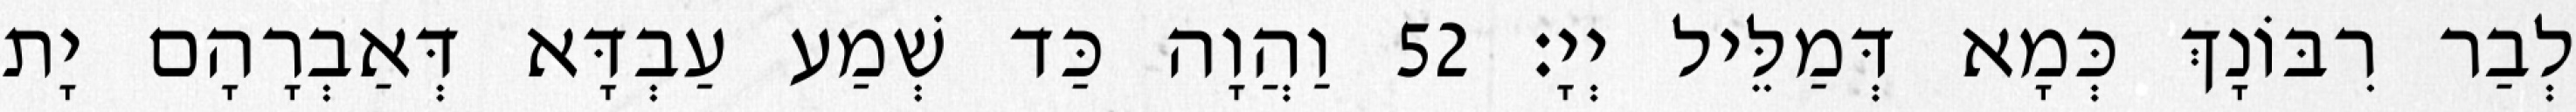
לְבַר רִבּוֹנָךְ כְּמָא דְּמַלֵּיל יְיָ׃ 52 וַהֲוָה כַּד שְׁמַע עַבְדָּא דְּאַבְרָהָם יָת